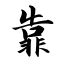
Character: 靠